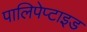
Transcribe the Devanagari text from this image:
पालिपेप्टाइड